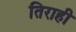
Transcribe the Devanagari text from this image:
तिराही